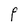
Character: P